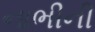
નાભીની